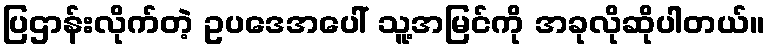
ပြဌာန်းလိုက်တဲ့ ဥပဒေအပေါ် သူ့အမြင်ကို အခုလိုဆိုပါတယ်။